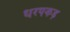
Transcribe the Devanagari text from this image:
धरपकड़